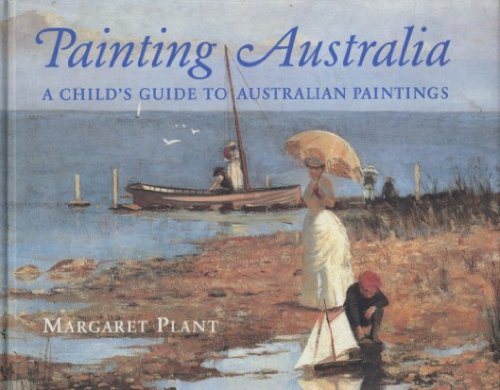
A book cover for Painting Australia: A Child's Guide to Australian Paintings; Margaret Plant; Children's Books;